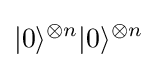
|0\rangle ^{\otimes n}|0\rangle ^{\otimes n}